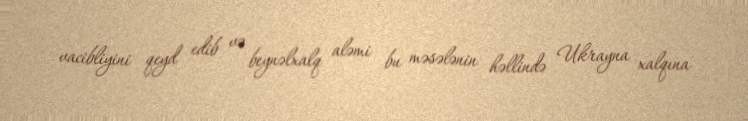
vacibliyini qeyd edib və beynəlxalq aləmi bu məsələnin həllində Ukrayna xalqına